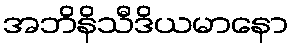
အဘိနိသီဒိယမာနော